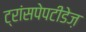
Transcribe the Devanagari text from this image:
ट्रांसपेपटीडेज़